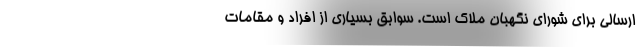
ارسالی برای شورای نگهبان ملاک است. سوابق بسیاری از افراد و‌ مقامات